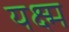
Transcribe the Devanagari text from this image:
यक्ष्म